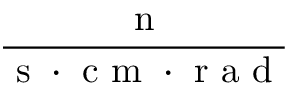
\frac { \mathrm { ~ n ~ } } { \mathrm { ~ s ~ } \cdot \mathrm { ~ c ~ m ~ } \cdot \mathrm { ~ r ~ a ~ d ~ } }